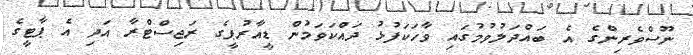
ނޫސްވެރިންގެ އެ ބައްދަލުވުމުގައި ވާހަކަފުޅު ދައްކަވަމުން ޑީއާރުޕީގެ ރަޖިސްޓްރާ އަދި އެ ޕާޓީގެ